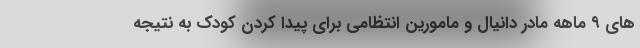
های ۹ ماهه مادر دانیال و مامورین انتظامی برای پیدا کردن کودک به نتیجه